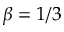
\beta = 1 / 3